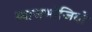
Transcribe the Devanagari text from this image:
ब्याजभोजियों